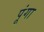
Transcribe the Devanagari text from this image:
पूंगा